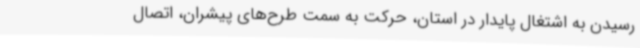
رسیدن به اشتغال پایدار در استان، حرکت به سمت طرح‌های پیشران، اتصال